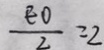
\frac { E 0 } { 2 } = 2